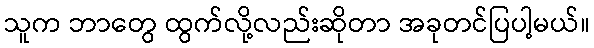
သူက ဘာတွေ ထွက်လို့လည်းဆိုတာ အခုတင်ပြပါ့မယ်။